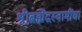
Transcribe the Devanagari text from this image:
श्रीब्रह्मेंद्रस्वामींचा